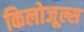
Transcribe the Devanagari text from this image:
किलोजूल्स